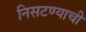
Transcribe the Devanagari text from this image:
निसटण्याची